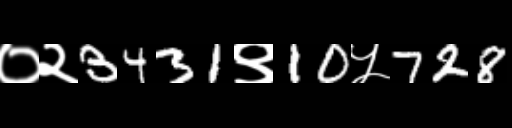
Text: ०२3431९10५728